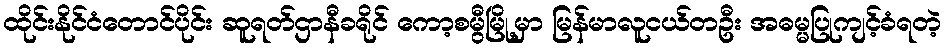
ထိုင်းနိုင်ငံတောင်ပိုင်း ဆူရတ်ဌာနီခရိုင် ကော့စမွီမြို့မှာ မြန်မာလူငယ်တဦး အဓမ္မပြုကျင့်ခံရတဲ့